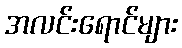
အလင်းရောင်များ